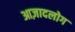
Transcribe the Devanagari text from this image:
आज़ादलोग